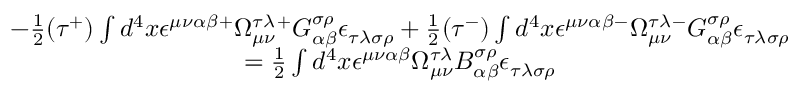
\begin{array} { c } { { - \frac 1 2 ( \tau ^ { + } ) \int d ^ { 4 } x \epsilon ^ { \mu \nu \alpha \beta } { } ^ { + } \Omega _ { \mu \nu } ^ { \tau \lambda } { } ^ { + } G _ { \alpha \beta } ^ { \sigma \rho } { } \epsilon _ { \tau \lambda \sigma \rho } + \frac 1 2 ( \tau ^ { - } ) \int d ^ { 4 } x \epsilon ^ { \mu \nu \alpha \beta } { } ^ { - } \Omega _ { \mu \nu } ^ { \tau \lambda } { } ^ { - } G _ { \alpha \beta } ^ { \sigma \rho } { } \epsilon _ { \tau \lambda \sigma \rho } } } \\ { { = \frac 1 2 \int d ^ { 4 } x \epsilon ^ { \mu \nu \alpha \beta } { } \Omega _ { \mu \nu } ^ { \tau \lambda } { } B _ { \alpha \beta } ^ { \sigma \rho } { } \epsilon _ { \tau \lambda \sigma \rho } } } \end{array}